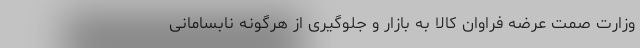
وزارت صمت عرضه فراوان کالا به بازار و جلوگیری از هرگونه نابسامانی